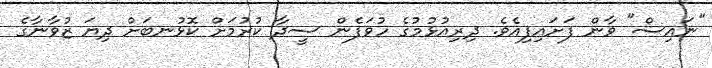
"ނައިސް" ވާން ފަށައިފިއެވެ. ދިރިއުޅުމުގެ ހުވަފެން ސީދާ ކުރުމަށް ކޮޅުނބަށް ދިޔަ ޒުވާނާގެ